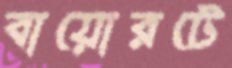
বায়োরটে